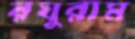
রঘুরাম